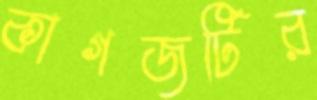
কাগজটির